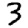
Digit: 3